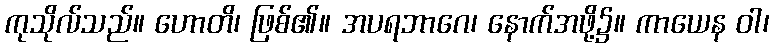
ကုသိုလ်သည်။ ဟောတိ၊ ဖြစ်၏။ အပရဘာဂေ၊ နောက်အဖို့၌။ ကာယေန ဝါ၊